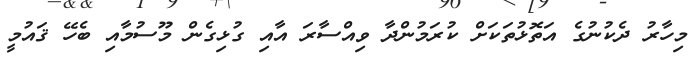
މިހާރު ދެކުނުގެ އަތޮޅުތަކަށް ކުރަމުންދާ ވިއްސާރަ އާއި ގުޅިގެން މޫސުމާއި ބެހޭ ޤައުމީ